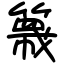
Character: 簚